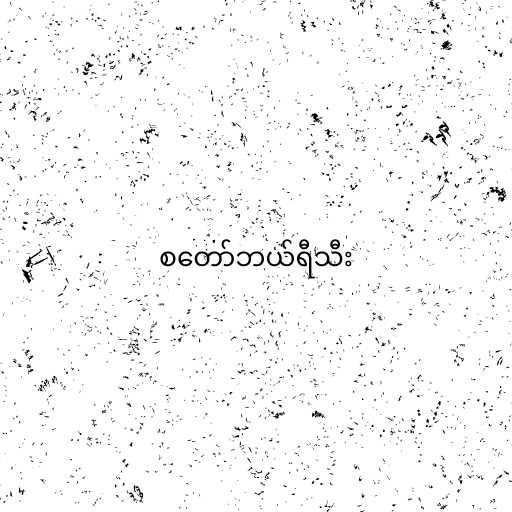
စတော်ဘယ်ရီသီး